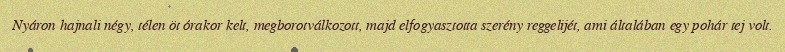
Nyáron hajnali négy, télen öt órakor kelt, megborotválkozott, majd elfogyasztotta szerény reggelijét, ami általában egy pohár tej volt.